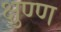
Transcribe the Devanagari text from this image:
क्षुण्ण